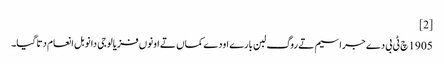
[2]
1905 چ ٹی بی دے جراسیم تے روگ لبن بارے اودے کماں تے اونوں فزیالوجی دا نوبل انعام دتا گیا۔